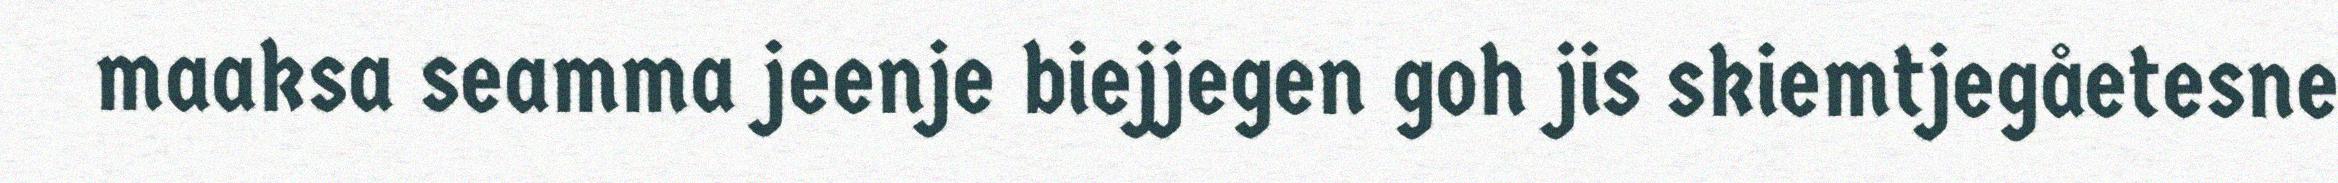
maaksa seamma jeenje biejjegen goh jis skiemtjegåetesne